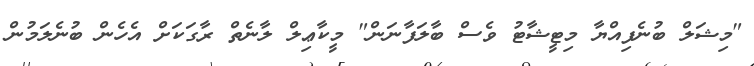
"މިޝަލް ބުނެފިއްޔާ މިޓީޝާޓު ވެސް ބާލަފާނަން" މީކާޢިލް ލާނެތް ރާގަކަށް އެހެން ބުނެލަމުން